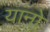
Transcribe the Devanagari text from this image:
यांनो